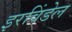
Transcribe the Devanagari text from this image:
इरविंडेल